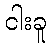
ငါးခူ